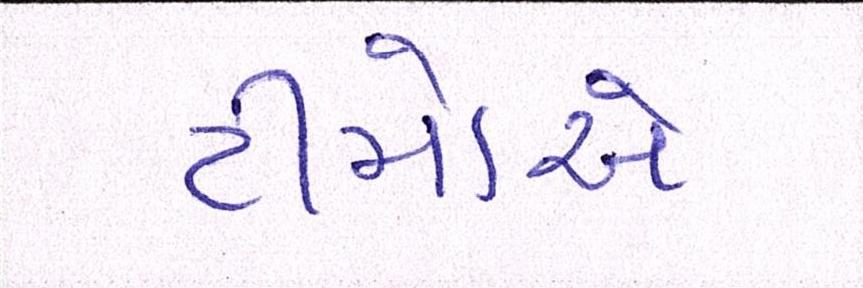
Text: ટીમોએ